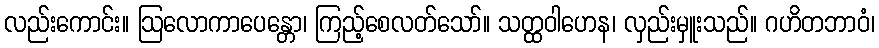
လည်းကောင်း။ ဩလောကာပေန္တော၊ ကြည့်စေလတ်သော်။ သတ္ထဝါဟေန၊ လှည်းမှူးသည်။ ဂဟိတဘာဝံ၊